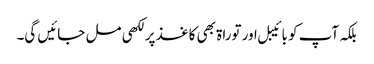
بلکہ آپ کو بائیبل اور توراۃ بھی کاغذ پر لکھی مل جائیں گی۔